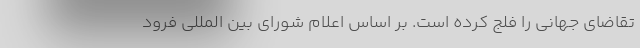
تقاضای جهانی را فلج کرده است. بر اساس اعلام شورای بین المللی فرود